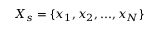
X _ { s } = \{ x _ { 1 } , x _ { 2 } , . . . , x _ { N } \}